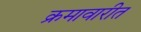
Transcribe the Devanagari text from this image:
क्रमावारीत